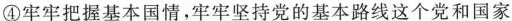
④牢牢把握基本国情，牢牢坚持党的基本路线这个党和国家